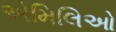
એમિલિઓ